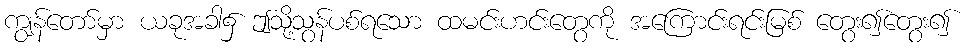
ကျွန်တော်မှာ ယခုအခါ၌ ဤသို့သွန်ပစ်ရသော ထမင်းဟင်းတွေကို အကြောင်းရင်းမြစ် တွေး၍တွေး၍